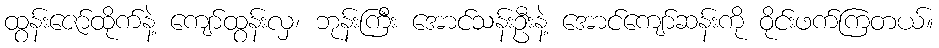
ထွန်းဇော်ထိုက်နဲ့ ကျော်ထွန်းလှ၊ ဘုန်းကြီး အောင်သန်းဦးနဲ့ အောင်ကျော်ဆန်းကို ဝိုင်းဖက်ကြတယ်။